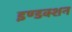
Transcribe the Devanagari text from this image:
इण्डक्शन